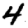
Digit: 4